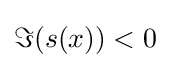
\Im (s(x))<0